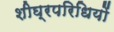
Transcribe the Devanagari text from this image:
शीघ्रपरिधियों